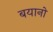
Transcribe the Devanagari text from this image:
बयानो